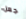
جعل